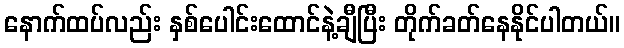
နောက်ထပ်လည်း နှစ်ပေါင်းထောင်နဲ့ချီပြီး တိုက်ခတ်နေနိုင်ပါတယ်။